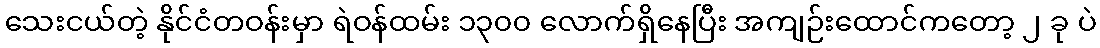
သေးငယ်တဲ့ နိုင်ငံတဝန်းမှာ ရဲဝန်ထမ်း ၁၃၀၀ လောက်ရှိနေပြီး အကျဉ်းထောင်ကတော့ ၂ ခု ပဲ